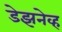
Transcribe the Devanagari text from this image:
डेझनेव्ह